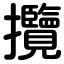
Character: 攬